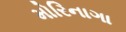
મોરિનાગા